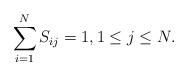
LaTeX: \begin{align*}\sum_{i=1}^N S_{ij}=1, 1 \leq j \leq N.\end{align*}